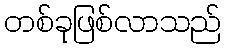
တစ်ခုဖြစ်လာသည်